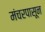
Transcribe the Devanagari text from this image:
मंचरपासून